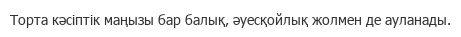
Торта кәсіптік маңызы бар балық, әуесқойлық жолмен де ауланады.